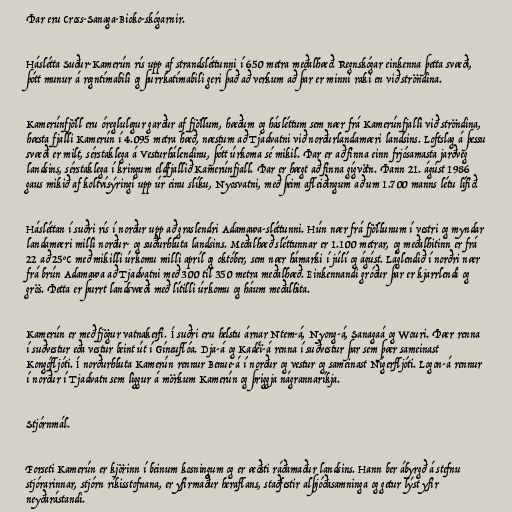
Þar eru Cross-Sanaga-Bioko-skógarnir.

Háslétta Suður-Kamerún rís upp af strandsléttunni í 650 metra meðalhæð. Regnskógar einkenna þetta svæði,
þótt munur á regntímabili og þurrkatímabili geri það að verkum að þar er minni raki en við ströndina.

Kamerúnfjöll eru óreglulegur garður af fjöllum, hæðum og hásléttum sem nær frá Kamerúnfjalli við ströndina,
hæsta fjalli Kamerún í 4.095 metra hæð, næstum að Tjadvatni við norðurlandamæri landsins. Loftslag á þessu
svæði er milt, sérstaklega á Vesturhálendinu, þótt úrkoma sé mikil. Þar er að finna einn frjósamasta jarðveg
landsins, sérstaklega í kringum eldfjallið Kamerúnfjall. Þar er hægt að finna gígvötn. Þann 21. ágúst 1986
gaus mikið af koltvísýringi upp úr einu slíku, Nyosvatni, með þeim afleiðingum að um 1.700 manns létu lífið.

Hásléttan í suðri rís í norður upp að graslendri Adamawa-sléttunni. Hún nær frá fjöllunum í vestri og myndar
landamæri milli norður- og suðurhluta landsins. Meðalhæð sléttunnar er 1.100 metrar, og meðalhitinn er frá
22 að 25°C með mikilli úrkomu milli apríl og október, sem nær hámarki í júlí og ágúst. Láglendið í norðri nær
frá brún Adamawa að Tjadvatni með 300 til 350 metra meðalhæð. Einkennandi gróður þar er kjarrlendi og
grös. Þetta er þurrt landsvæði með lítilli úrkomu og háum meðalhita.

Kamerún er með fjögur vatnakerfi. Í suðri eru helstu árnar Ntem-á, Nyong-á, Sanagaá og Wouri. Þær renna
í suðvestur eða vestur beint út í Gíneuflóa. Dja-á og Kadéï-á renna í suðvestur þar sem þær sameinast
Kongófljóti. Í norðurhluta Kamerún rennur Benue-á í norður og vestur og sameinast Nígerfljóti. Logon-á rennur
í norður í Tjadvatn sem liggur á mörkum Kamerún og þriggja nágrannaríkja.

Stjórnmál.

Forseti Kamerún er kjörinn í beinum kosningum og er æðsti ráðamaður landsins. Hann ber ábyrgð á stefnu
stjórarinnar, stjórn ríkisstofnana, er yfirmaður heraflans, staðfestir alþjóðasamninga og getur lýst yfir
neyðarástandi.